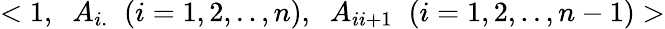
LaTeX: <1,\; \; A_{i.}\; \; (i=1,2,..,n),\; \; A_{ii+1}\; \; (i=1,2,..,n-1)>